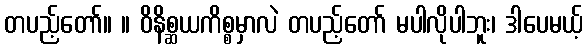
တပည့်တော်။ ။ ဝိနိစ္ဆယကိစ္စမှာလဲ တပည့်တော် မပါလိုပါဘူး၊ ဒါပေမယ့်